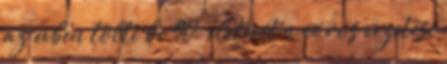
az évben tölti be 90. életévét a város vezetése